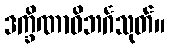
ဒက္ခိဏာဝိဘင်္ဂသုတ်။